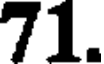
71.